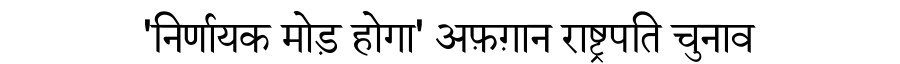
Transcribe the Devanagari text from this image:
'निर्णायक मोड़ होगा' अफ़ग़ान राष्ट्रपति चुनाव